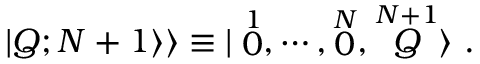
\vert Q ; N + 1 \rangle \rangle \equiv \vert \stackrel { 1 } { 0 } , \cdots , \stackrel { N } { 0 } , \stackrel { N + 1 } { Q } \rangle \ .